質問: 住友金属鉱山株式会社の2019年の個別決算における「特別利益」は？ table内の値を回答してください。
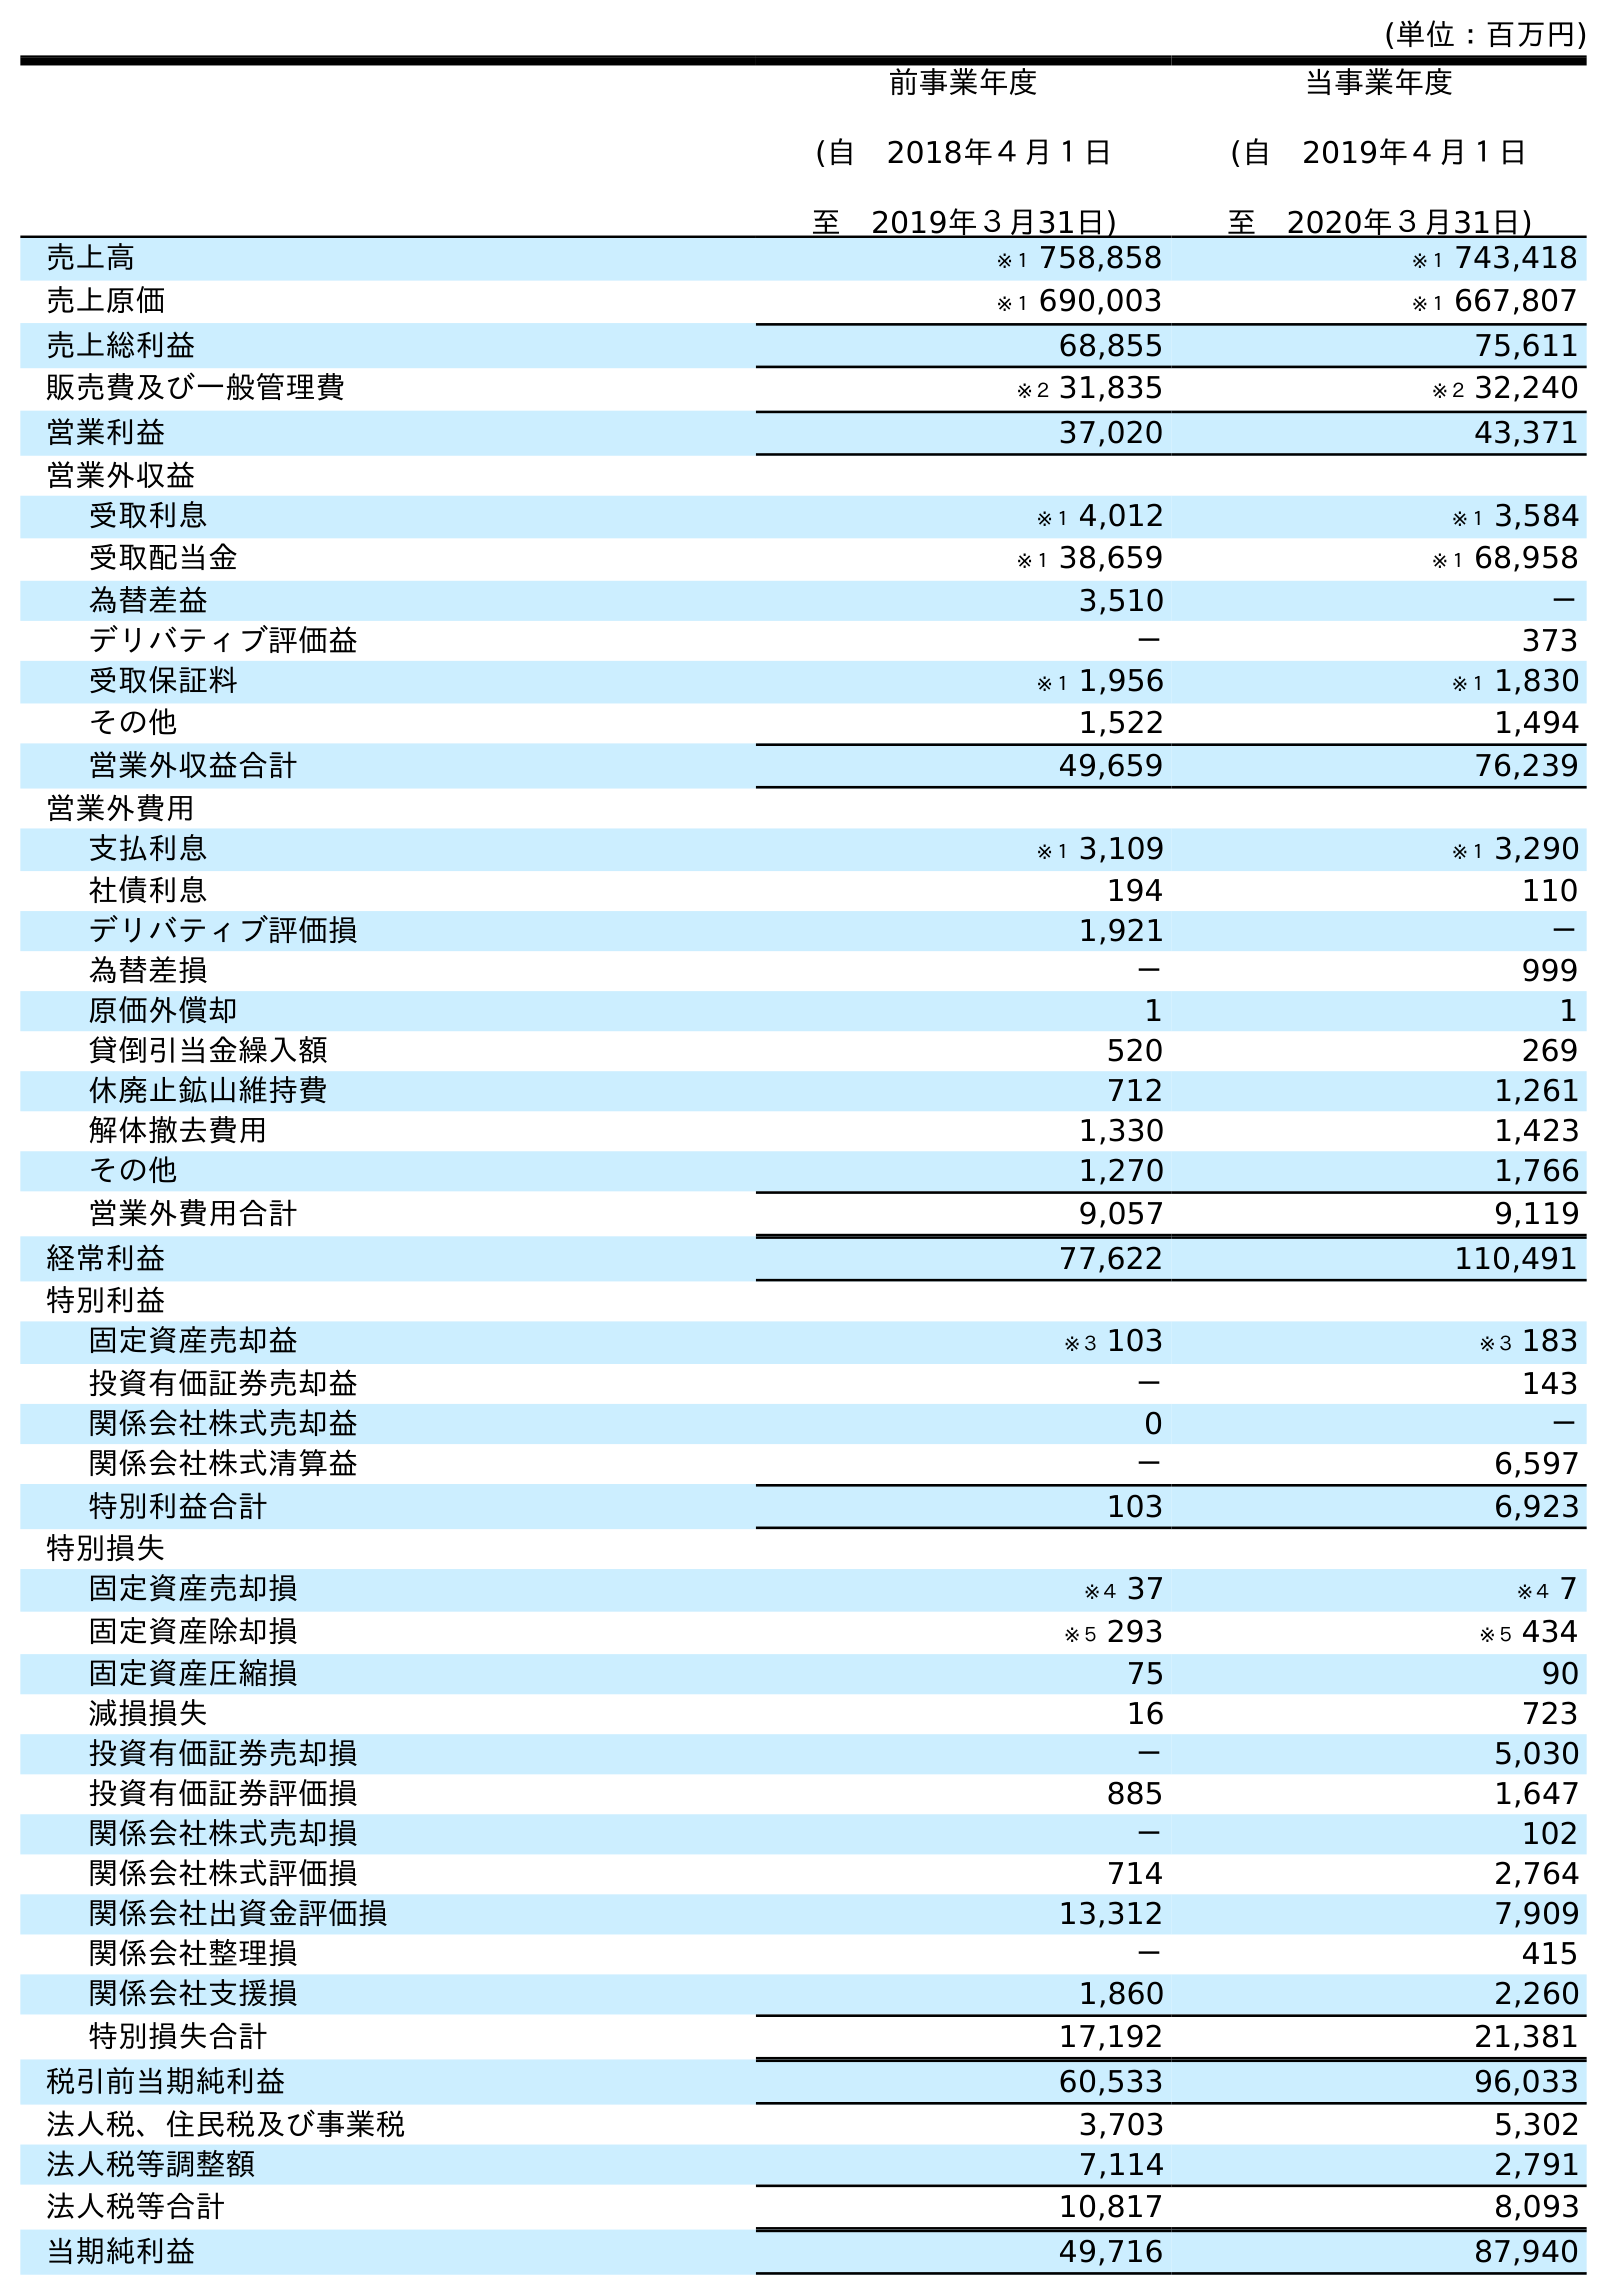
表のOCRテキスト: (単位：百万円) 前事業年度 (自 2018年４月１日 至 2019年３月31日) 当事業年度 (自 2019年４月１日 至 2020年３月31日) 売上高 ※１ 758,858 ※１ 743,418 売上原価 ※１ 690,003 ※１ 667,807 売上総利益 68,855 75,611 販売費及び一般管理費 ※２ 31,835 ※２ 32,240 営業利益 37,020 43,371 営業外収益 受取利息 ※１ 4,012 ※１ 3,584 受取配当金 ※１ 38,659 ※１ 68,958 為替差益 3,510 － デリバティブ評価益 － 373 受取保証料 ※１ 1,956 ※１ 1,830 その他 1,522 1,494 営業外収益合計 49,659 76,239 営業外費用 支払利息 ※１ 3,109 ※１ 3,290 社債利息 194 110 デリバティブ評価損 1,921 － 為替差損 － 999 原価外償却 1 1 貸倒引当金繰入額 520 269 休廃止鉱山維持費 712 1,261 解体撤去費用 1,330 1,423 その他 1,270 1,766 営業外費用合計 9,057 9,119 経常利益 77,622 110,491 特別利益 固定資産売却益 ※３ 103 ※３ 183 投資有価証券売却益 － 143 関係会社株式売却益 0 － 関係会社株式清算益 － 6,597 特別利益合計 103 6,923 特別損失 固定資産売却損 ※４ 37 ※４ 7 固定資産除却損 ※５ 293 ※５ 434 固定資産圧縮損 75 90 減損損失 16 723 投資有価証券売却損 － 5,030 投資有価証券評価損 885 1,647 関係会社株式売却損 － 102 関係会社株式評価損 714 2,764 関係会社出資金評価損 13,312 7,909 関係会社整理損 － 415 関係会社支援損 1,860 2,260 特別損失合計 17,192 21,381 税引前当期純利益 60,533 96,033 法人税、住民税及び事業税 3,703 5,302 法人税等調整額 7,114 2,791 法人税等合計 10,817 8,093 当期純利益 49,716 87,940
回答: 103